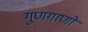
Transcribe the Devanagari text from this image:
गुणगाणों